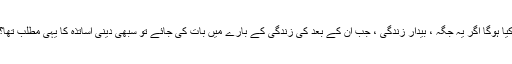
کیا ہوگا اگر یہ جگہ ، بیدار زندگی ، جب ان کے بعد کی زندگی کے بارے میں بات کی جائے تو سبھی دینی اساتذہ کا یہی مطلب تھا؟